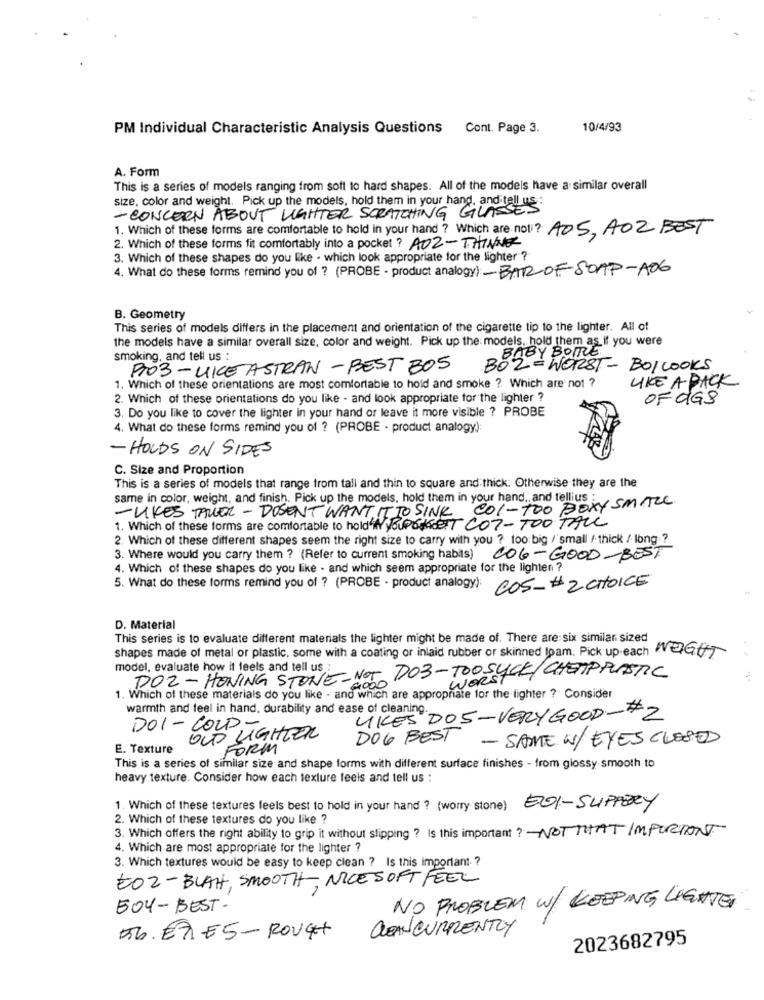
PM Individual Characteristic Analysis Questions Cont. Page 3.
10/4/93
A. Form
This is a series of models ranging from soft to hard shapes. All of the models have a similar overall
size, color and weight. Pick up the models, hold them in your hand, and tell us :
- CONCERN ABOUT LIGHTER SCRATCHING GLASSE.
1. Which of these forms are comfortable to hold in your hand ? Which are not? AOS, AOZ BEST
2. Which of these forms fit comfortably into a pocket? A02-THINGER
3. Which of these shapes do you like . which look appropriate for the lighter ?
4. What do these forms remind you of ? (PROBE - product analogy): BAR OF-SOAP-A0G
B. Geometry
This series of models differs in the placement and orientation of the cigarette tip to the lighter. All of
the models have a similar overall size, color and weight. Pick up the: models. hold them as if you were
smoking, and tell us :
BABY BOTTLE
903-LICE ASTRAN -BEST BOS
BOZ = WORST- BOLLOOKS
1. Which of these orientations are most comfortable to hold and smoke ? Which are not ?
LIKE A PACK
2. Which of these orientations do you like - and look appropriate for the lighter ?
OF dGS
3. Do you like to cover the lighter in your hand or leave it more visible ? PROBE
4. What do these forms remind you of ? (PROBE - product analogy):
- HOLDS ON SIDES
C. Size and Proportion
This is a series of models that range from tall and thin to square and thick: Otherwise they are the
same in color, weight, and finish. Pick up the models, hold them in your hand, and tellius :
- LIKES TALLER - DOSENT WANT IT TO SINK COL - TOO BOXY SMALL
1. Which of these forms are comfortable to hold'N youPoser CO7-700 TALL
2. Which of these different shapes seem the right size to carry with you ? too big / small / thick / long ?
3. Where would you carry them ? (Refer to current smoking habits) COG-GOOD-BEST
4. Which of these shapes do you like . and which seem appropriate for the lighten ?
5. What do these forms remind you of ? (PROBE - product analogy): COS_#2 CHOICE
D. Material
This series is to evaluate different materials the lighter might be made of. There are six similar sized
shapes made of metal or plastic, some with a coating or inlaid rubber or skinned Ipam. Pick up.each WEIGHT
model, evaluate how it feels and tell us :
DOZ - HONING STONE-NOT DO3-TOOSUCK/CHEAP PLASTIC
1. Which of these materials do you like - and which are appropriate for the lighter ? Consider
warmth and feel in hand, durability and ease of cleaning.
LIKES DOS -VERY GOOD -#2
DOI - COLD-
OUD LIGHTER
E. Texture
FORM
DOG BEST - SAME W/EYES CLOSED
This is a series of similar size and shape forms with different surface finishes - from glossy smooth to
heavy texture. Consider how each texture feels and tell us :
1. Which of these textures feels best to hold in your hand ? (worry stone) EOI-SUPPERY
2. Which of these textures do you like ?
3. Which offers the right ability to grip it without slipping ? Is this important ? NOT THAT IMPORTONT
4. Which are most appropriate for the lighter ?
3. Which textures would be easy to keep clean ? Is this important ?
EOZ-BLAH, SMOOTH, NICES OFT FEEL
504-BEST-
NO PROBLEM W/ KEEPING LIGHTER
CLEAN CURRENTLY
56. ERES- ROUGH
2023682795